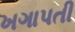
ખગાપતી